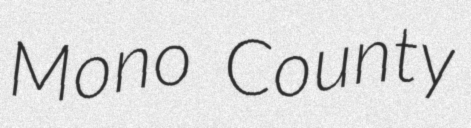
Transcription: Mono County